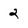
Character: 2